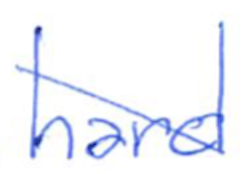
Text: hard
Cross-out: mix
Writing tool: ballpoint